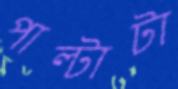
পাল্টাটা